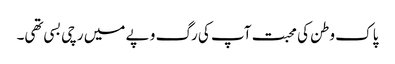
پاک وطن کی محبت آپ کی رگ و پے میں رچی بسی تھی۔